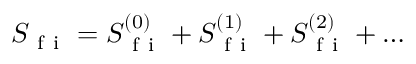
S _ { \mathrm { ~ f ~ i ~ } } = S _ { \mathrm { ~ f ~ i ~ } } ^ { ( 0 ) } + S _ { \mathrm { ~ f ~ i ~ } } ^ { ( 1 ) } + S _ { \mathrm { ~ f ~ i ~ } } ^ { ( 2 ) } + \ldots